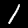
Label: 1